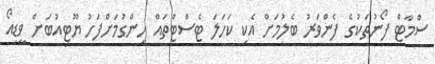
ސްމާޓް ފޯނުތަކުގެ ފެންވަރު ބެލުމަށް އެކި ކަހަލަ ޓެސްޓްތައް ހިންގުމަށްފަހު ޔޫޓިއުބަށް ވީޑިއޯ